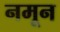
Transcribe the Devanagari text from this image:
नमून